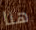
هنا